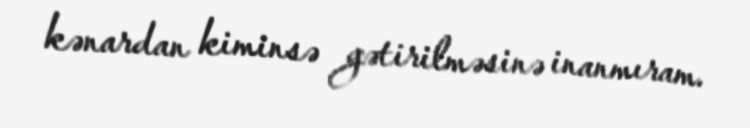
kənardan kiminsə gətirilməsinə inanmıram.